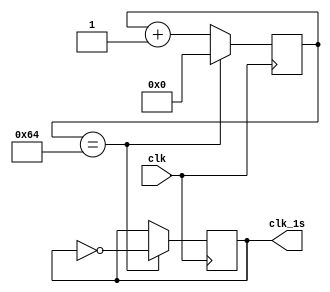
module my_clock(clk, clk_1s);
	input clk;
	output reg clk_1s=0;
	reg [6:0] count=0;
	
	always @(posedge clk)
		if(count == 100)
		begin
			count <= 0;
			clk_1s <= ~clk_1s;
		end
		else
			count <= count + 1'b1;
endmodule